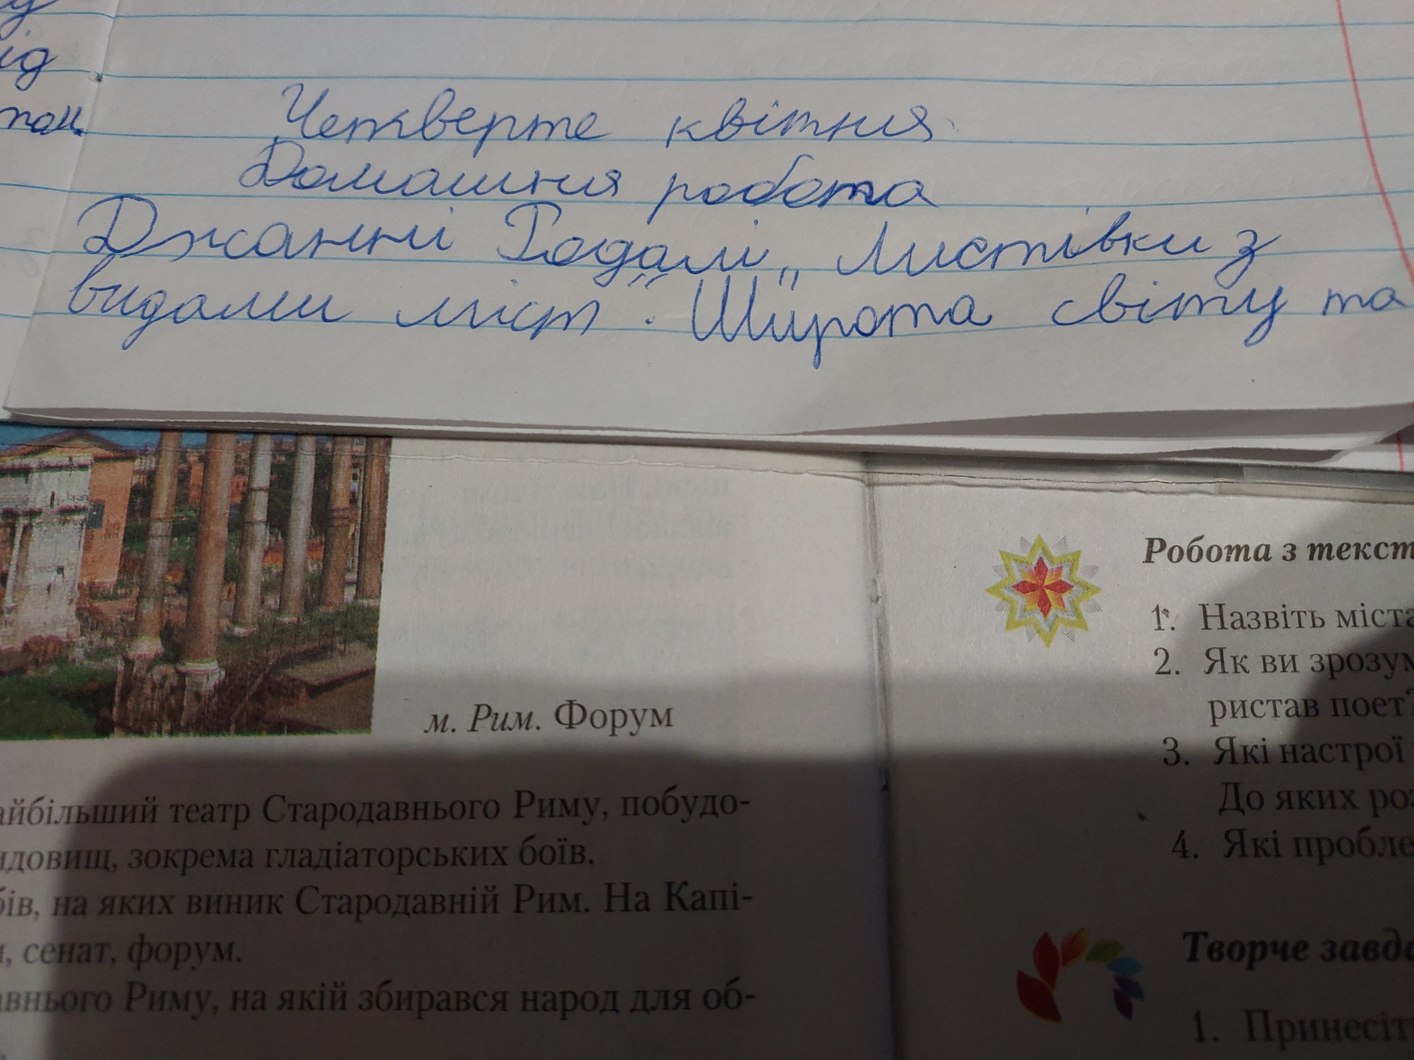
ід
Четверте квітня
том.
Домашня робота
Джанні Родалі " Листівки з
видами  міст". Широта світу та
Робота з текст
1. Назвіть міста
2. Як ви зрозум
ристав поет
м. Рим. Форум
3. Які настрої
До яких ро
айбільший театр Стародавнього Риму, побудо-
4. Які пробле
довищ, зокрема гладіаторських боїв.
бів, на яких виник Стародавній Рим. На Капі-
Творче завда
, сенат, форум.
внього Риму, на якій збирався народ для об-
1. Принесіт